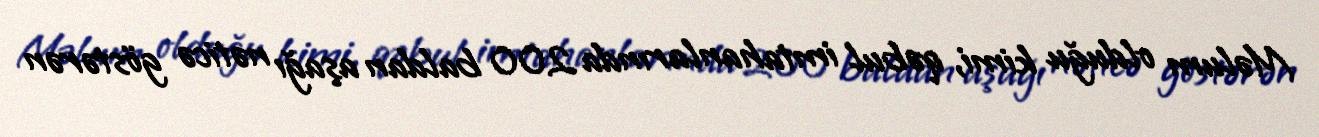
Məlum olduğu kimi, qəbul imtahanlarında 200 baldan aşağı nəticə göstərən